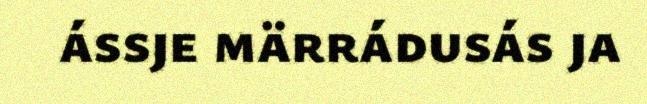
ássje märrádusás ja